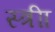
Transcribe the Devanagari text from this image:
स्त्रीा